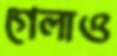
গেলাও